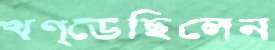
খণ্ডেছিলেন